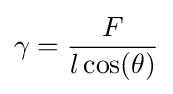
\gamma ={\frac {F}{l\cos(\theta )}}